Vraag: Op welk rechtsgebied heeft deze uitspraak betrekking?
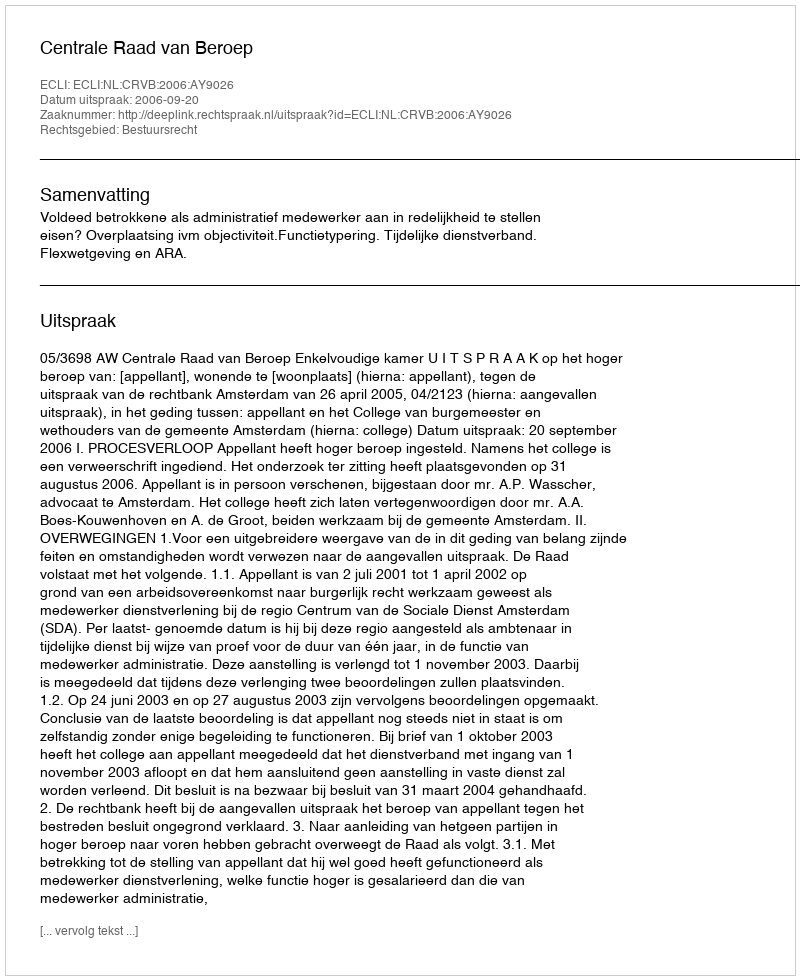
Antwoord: Bestuursrecht